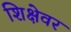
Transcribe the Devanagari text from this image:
शिक्षेवर